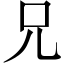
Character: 兄